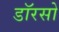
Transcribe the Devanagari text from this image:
डॉरसो